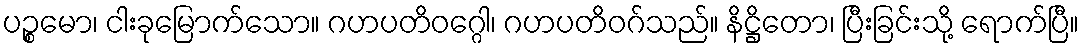
ပဉ္စမော၊ ငါးခုမြောက်သော။ ဂဟပတိဝဂ္ဂေါ၊ ဂဟပတိဝဂ်သည်။ နိဋ္ဌိတော၊ ပြီးခြင်းသို့ ရောက်ပြီ။